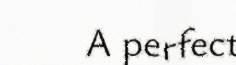
A perfect